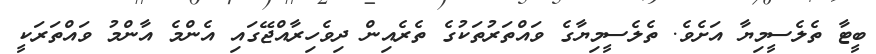
ބީޓާ ތެލެސީމިޔާ އަށެވެ. ތެލެސީމިޔާގެ ވައްތަރުތަކުގެ ތެރެއިން ދިވެހިރާއްޖޭގައި އެންމެ އާންމު ވައްތަރަކީ